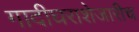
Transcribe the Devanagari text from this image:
गादीघराशेजारीच